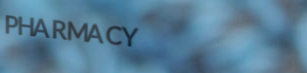
PHARMACY